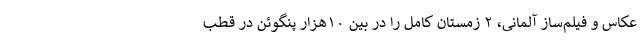
عکاس و فیلم‌ساز آلمانی، ۲ زمستان کامل را در بین ۱۰هزار پنگوئن در قطب